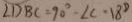
\angle D B C = 9 0 ^ { \circ } - \angle C - 1 8 ^ { \circ }